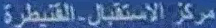
مركز الاستقبال-القنطرة